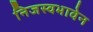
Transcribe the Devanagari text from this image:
निजस्वभावेन